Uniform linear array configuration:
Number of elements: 24
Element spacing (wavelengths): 0.5
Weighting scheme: binomial
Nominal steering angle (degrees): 60
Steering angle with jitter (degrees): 61.764
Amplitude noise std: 0.05
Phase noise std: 0.05

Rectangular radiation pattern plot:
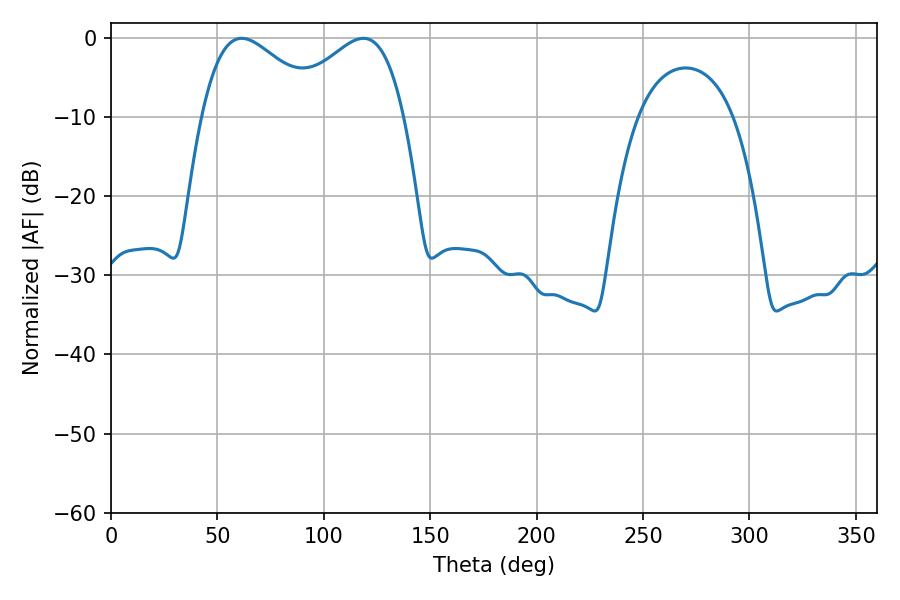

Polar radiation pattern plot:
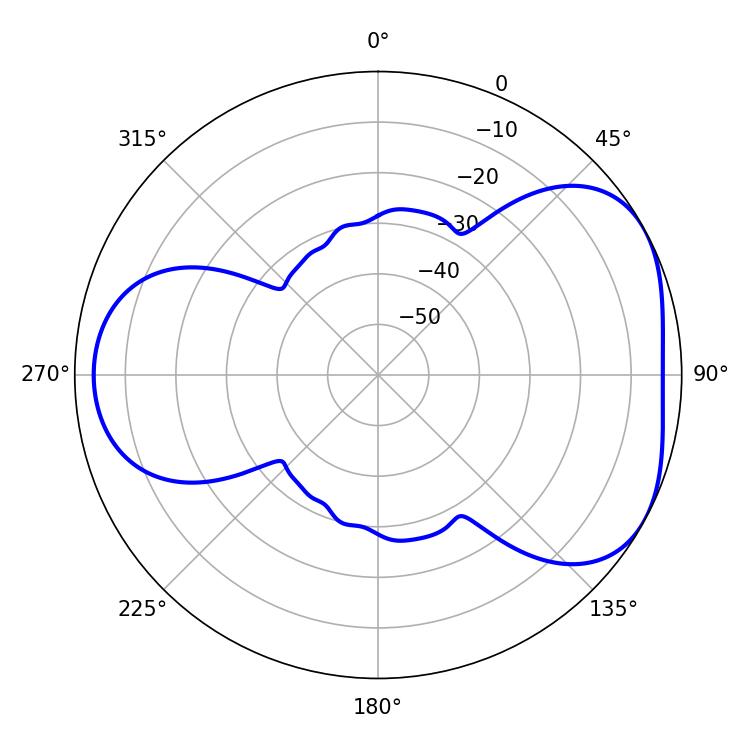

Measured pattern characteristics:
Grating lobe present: FALSE
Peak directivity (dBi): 4.453
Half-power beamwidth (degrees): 30.6
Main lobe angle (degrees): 61.38